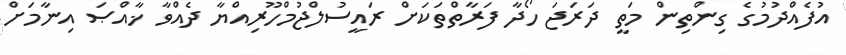
އުފެއްދުމުގެ ގިންތިން މަތީ ދަރަޖަ ހޯދާ ފަރާތްތަކަށް ރައީސުލްޖުމްހޫރިއްޔާ ދެއްވާ ޚާއްޞަ އިނާމަށް